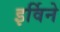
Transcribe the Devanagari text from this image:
इर्विने